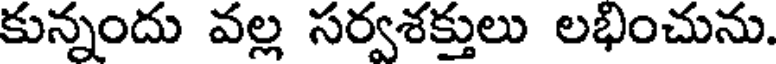
కున్నందు వల్ల సర్వశక్తులు లభించును.